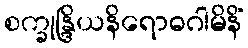
စက္ခုန္ဒြိယနိရောဓဂါမိနိံ